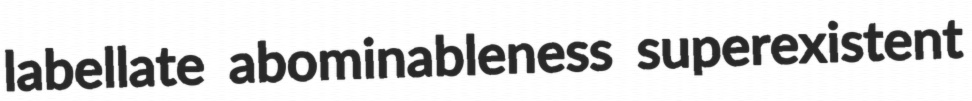
labellate abominableness superexistent